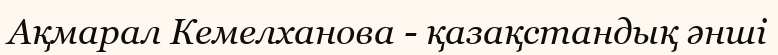
Ақмарал Кемелханова - қазақстандық әнші